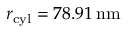
r _ { \mathrm { c y l } } = 7 8 . 9 1 \, \mathrm { n m }